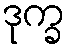
ဒုက္ခ